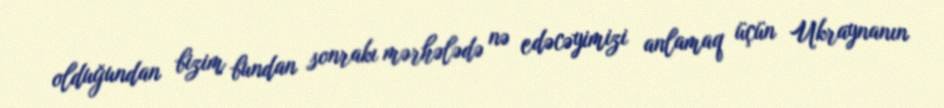
olduğundan bizim bundan sonrakı mərhələdə nə edəcəyimizi anlamaq üçün Ukraynanın